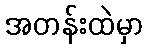
အတန်းထဲမှာ